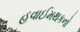
હવાઈમથકનો